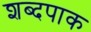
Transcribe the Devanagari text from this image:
शब्दपाक